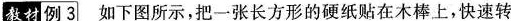
教材例3 如下图所示，把一张长方形的硬纸贴在木棒上，快速转